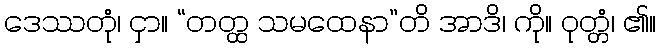
ဒေဿတုံ၊ ငှာ။ “တတ္ထ သမထေနာ”တိ အာဒိ၊ ကို။ ဝုတ္တံ၊ ၏။